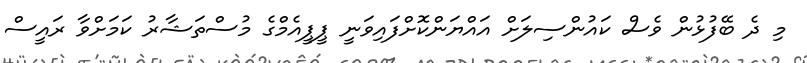
މި ދެ ބޭފުޅުން ވެސް ކައުންސިލަށް އައްޔަންކޮށްފައިވަނީ ޕީޕީއެމްގެ މުސްތަޝާރު ކަމަށްވާ ރައީސް